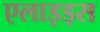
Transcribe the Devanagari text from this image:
एलाइड्स